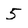
Character: 5